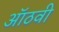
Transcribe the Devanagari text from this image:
ऑठवी